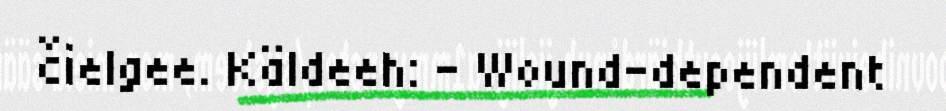
čielgee. Käldeeh: – Wound-dependent